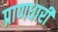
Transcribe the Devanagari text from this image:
प्राणधारी